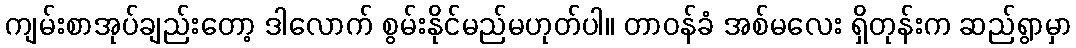
ကျမ်းစာအုပ်ချည်းတော့ ဒါလောက် စွမ်းနိုင်မည်မဟုတ်ပါ။ တာဝန်ခံ အစ်မလေး ရှိတုန်းက ဆည်ရွာမှာ